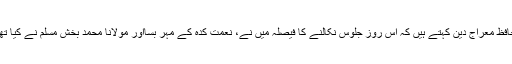
حافظ معراج دین کہتے ہیں کہ اس روز جلوس نکالنے کا فیصلہ میں نے، نعمت کدہ کے مہر بِسّااور مولانا محمد بخش مسلم نے کیا تھا۔